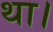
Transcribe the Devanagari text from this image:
था।